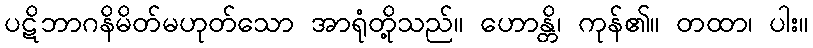
ပဋိဘာဂနိမိတ်မဟုတ်သော အာရုံတို့သည်။ ဟောန္တိ၊ ကုန်၏။ တထာ၊ ပါး။